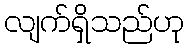
လျက်ရှိသည်ဟု